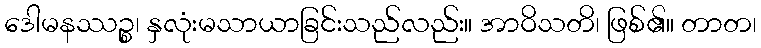
ဒေါမနဿဉ္စ၊ နှလုံးမသာယာခြင်းသည်လည်း။ အာဝိသတိ၊ ဖြစ်၏။ တာတ၊